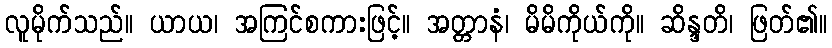
လူမိုက်သည်။ ယာယ၊ အကြင်စကားဖြင့်။ အတ္တာနံ၊ မိမိကိုယ်ကို။ ဆိန္ဒတိ၊ ဖြတ်၏။